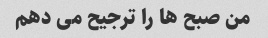
من صبح ها را ترجیح می دهم